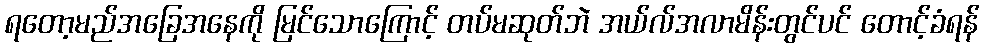
ရတော့မည်အခြေအနေကို မြင်သောကြောင့် တပ်မဆုတ်ဘဲ အယ်လ်အလာမိန်းတွင်ပင် တောင့်ခံရန်